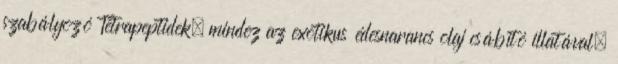
szabályozó Tetrapeptidek, mindez az exotikus édesnarancs olaj csábító illatával.